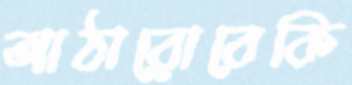
আঠারোবেকি